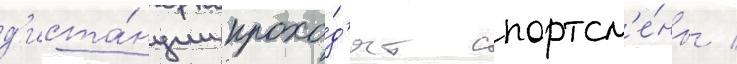
д'иста́нции прохо́д'ят спортсм'е́ны /